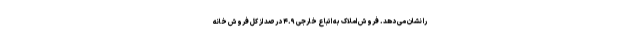
را نشان می دهد. فروش املاک به اتباع خارجی ۴.۹ درصد از کل فروش خانه